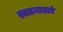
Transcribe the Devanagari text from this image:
स्वतन्त्रताएं